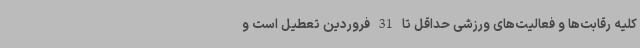
کلیه رقابت‌ها و فعالیت‌های ورزشی حداقل تا 31 فروردین تعطیل است و